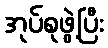
အုပ်စုဖွဲ့ပြီး